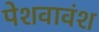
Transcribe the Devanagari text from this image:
पेशवावंश